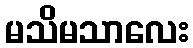
မသိမသာလေး